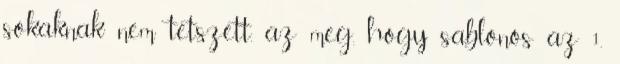
sokaknak nem tetszett. az meg, hogy sablonos az 1.